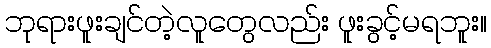
ဘုရားဖူးချင်တဲ့လူတွေလည်း ဖူးခွင့်မရဘူး။